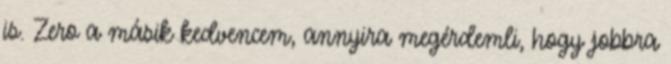
is. Zero a másik kedvencem, annyira megérdemli, hogy jobbra